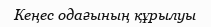
Кеңес одағының құрылуы